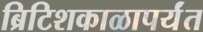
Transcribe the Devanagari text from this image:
ब्रिटिशकाळापर्यंत